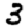
Digit: 3